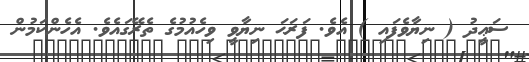
ސަޢީދު ( ނިޔާވެފައި ) އެވެ. ފަރަޙަ ނިޔާވީ ވިހެއުމުގެ ތެރޭގައެވެ. އެހެންކަމުން